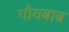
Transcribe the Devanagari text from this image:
गोयबाब